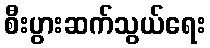
စီးပွားဆက်သွယ်ရေး